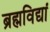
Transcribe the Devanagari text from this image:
ब्रह्मविद्यां